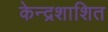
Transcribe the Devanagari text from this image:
केन्द्रशाशित